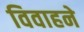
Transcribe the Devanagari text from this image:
विवाहने